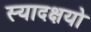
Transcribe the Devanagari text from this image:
स्यादक्षयो